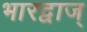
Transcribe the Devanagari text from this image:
भारद्वाज्